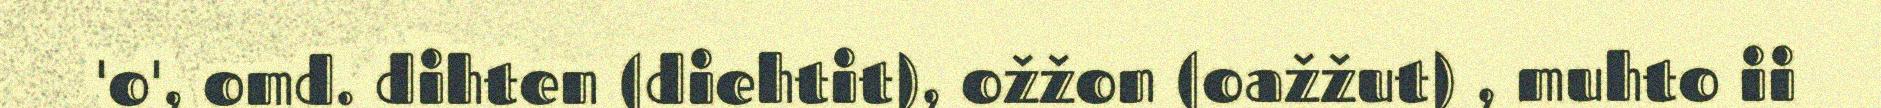
'o', omd. dihten (diehtit), ožžon (oažžut) , muhto ii